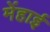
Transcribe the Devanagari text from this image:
मेंहाई